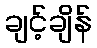
ချင့်ချိန်